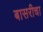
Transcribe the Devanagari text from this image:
बासरीचा